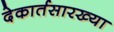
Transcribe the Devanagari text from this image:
देकार्तसारख्या